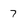
Character: 7